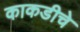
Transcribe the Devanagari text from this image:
काकडीचे